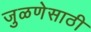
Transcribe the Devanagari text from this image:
जुळणेसाठी